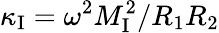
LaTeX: \kappa_{\mathrm{I}}=\omega^{2}M_{\mathrm{I}}^{2}/R_{1}R_{2}